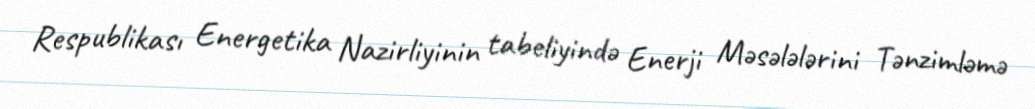
Respublikası Energetika Nazirliyinin tabeliyində Enerji Məsələlərini Tənzimləmə